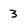
Character: 3